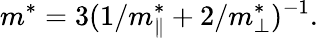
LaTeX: m^{*}=3(1/m_{\parallel}^{*}+2/m_{\perp}^{*})^{-1}.